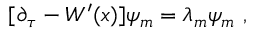
[ \partial _ { \tau } - W ^ { \prime } ( x ) ] \psi _ { m } = \lambda _ { m } \psi _ { m } ~ ,